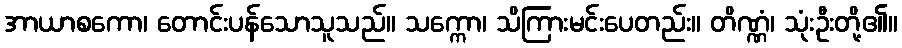
အာယာစကော၊ တောင်းပန်သောသူသည်။ သက္ကော၊ သိကြားမင်းပေတည်း။ တိဏ္ဏံ၊ သုံးဦးတို့၏။